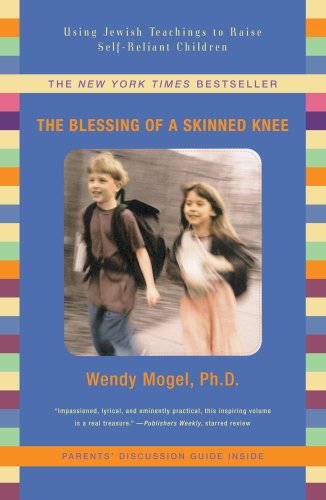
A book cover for The Blessing Of A Skinned Knee: Using Jewish Teachings to Raise Self-Reliant Children; Wendy Mogel Ph.D.; Parenting & Relationships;